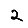
Digit: 2